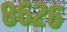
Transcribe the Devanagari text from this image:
८६२६